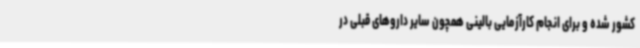
کشور شده و برای انجام کارآزمایی بالینی همچون سایر داروهای قبلی در